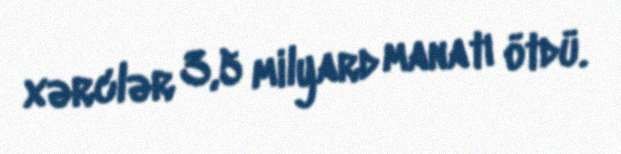
xərclər 3,5 milyard manatı ötdü.